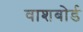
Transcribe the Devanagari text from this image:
वाशबोर्ड